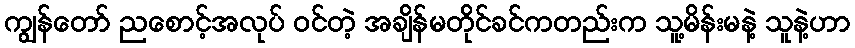
ကျွန်တော် ညစောင့်အလုပ် ဝင်တဲ့ အချိန်မတိုင်ခင်ကတည်းက သူ့မိန်းမနဲ့ သူနဲ့ဟာ